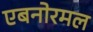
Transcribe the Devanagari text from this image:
एबनोरमल